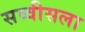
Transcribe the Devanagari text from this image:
सव्वीसला